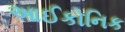
આઈકોનિક